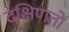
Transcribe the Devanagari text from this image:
दक्षिणतो